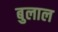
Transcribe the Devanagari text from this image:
बुलाल